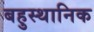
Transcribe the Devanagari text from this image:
बहुस्थानिक